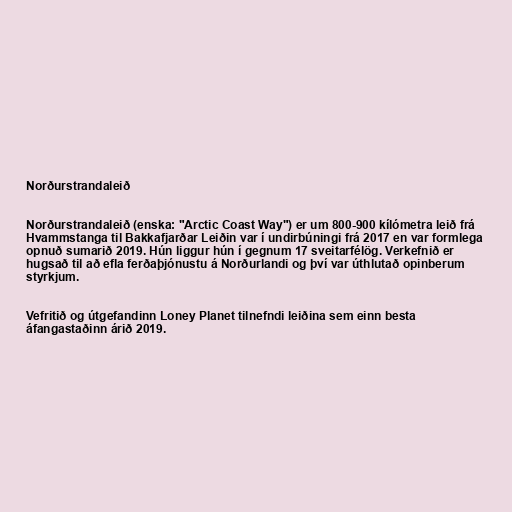
Norðurstrandaleið

Norðurstrandaleið (enska: "Arctic Coast Way") er um 800-900 kílómetra leið frá
Hvammstanga til Bakkafjarðar Leiðin var í undirbúningi frá 2017 en var formlega
opnuð sumarið 2019. Hún liggur hún í gegnum 17 sveitarfélög. Verkefnið er
hugsað til að efla ferðaþjónustu á Norðurlandi og því var úthlutað opinberum
styrkjum.

Vefritið og útgefandinn Loney Planet tilnefndi leiðina sem einn besta
áfangastaðinn árið 2019.